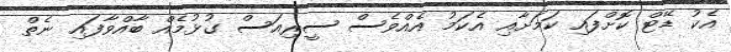
އެކު ޑޭޓް ކޮށްފައި ކަމަށާއި އެކަމު އެއްވެސް ސީރިއަސް ގުޅުމެއް ބާއްވާފައި ނެތް